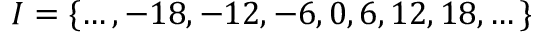
I = \{ \dots , - 1 8 , - 1 2 , - 6 , 0 , 6 , 1 2 , 1 8 , \dots \}